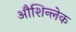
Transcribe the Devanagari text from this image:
औशिन्लेक